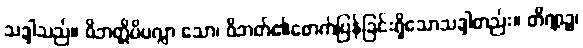
သဒ္ဒါသည်။ ဝိဘတ္တိပိပလ္လာ သော၊ ဝိဘတ်၏ဖောက်ပြန်ခြင်းရှိသောသဒ္ဒါတည်း။ တိဏ္ဏဉ္စ၊